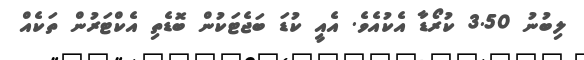
ލިބުނު 3.50 ކުރޯޑާ އެކުއެވެ. އެއީ ކުޑަ ބަޖެޓަކުން ބޮޑެތި އެކްޓަރުން ތަކެއް